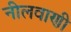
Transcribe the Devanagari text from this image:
नीलवाणी